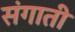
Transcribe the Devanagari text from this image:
संगाती